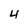
Character: 4